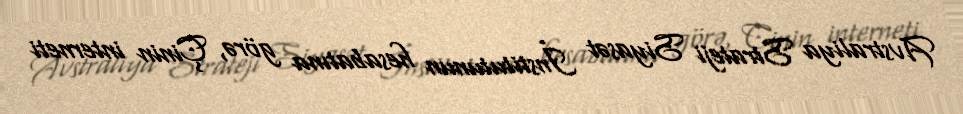
Avstraliya Strateji Siyasət İnstitutunun hesabatına görə, Çinin interneti